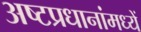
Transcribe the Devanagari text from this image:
अष्टप्रधानांमध्यें